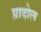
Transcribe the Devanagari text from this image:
ग्रादोल